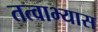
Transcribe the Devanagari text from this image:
तत्वाभ्यास